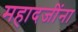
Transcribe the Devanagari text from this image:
महादजींना